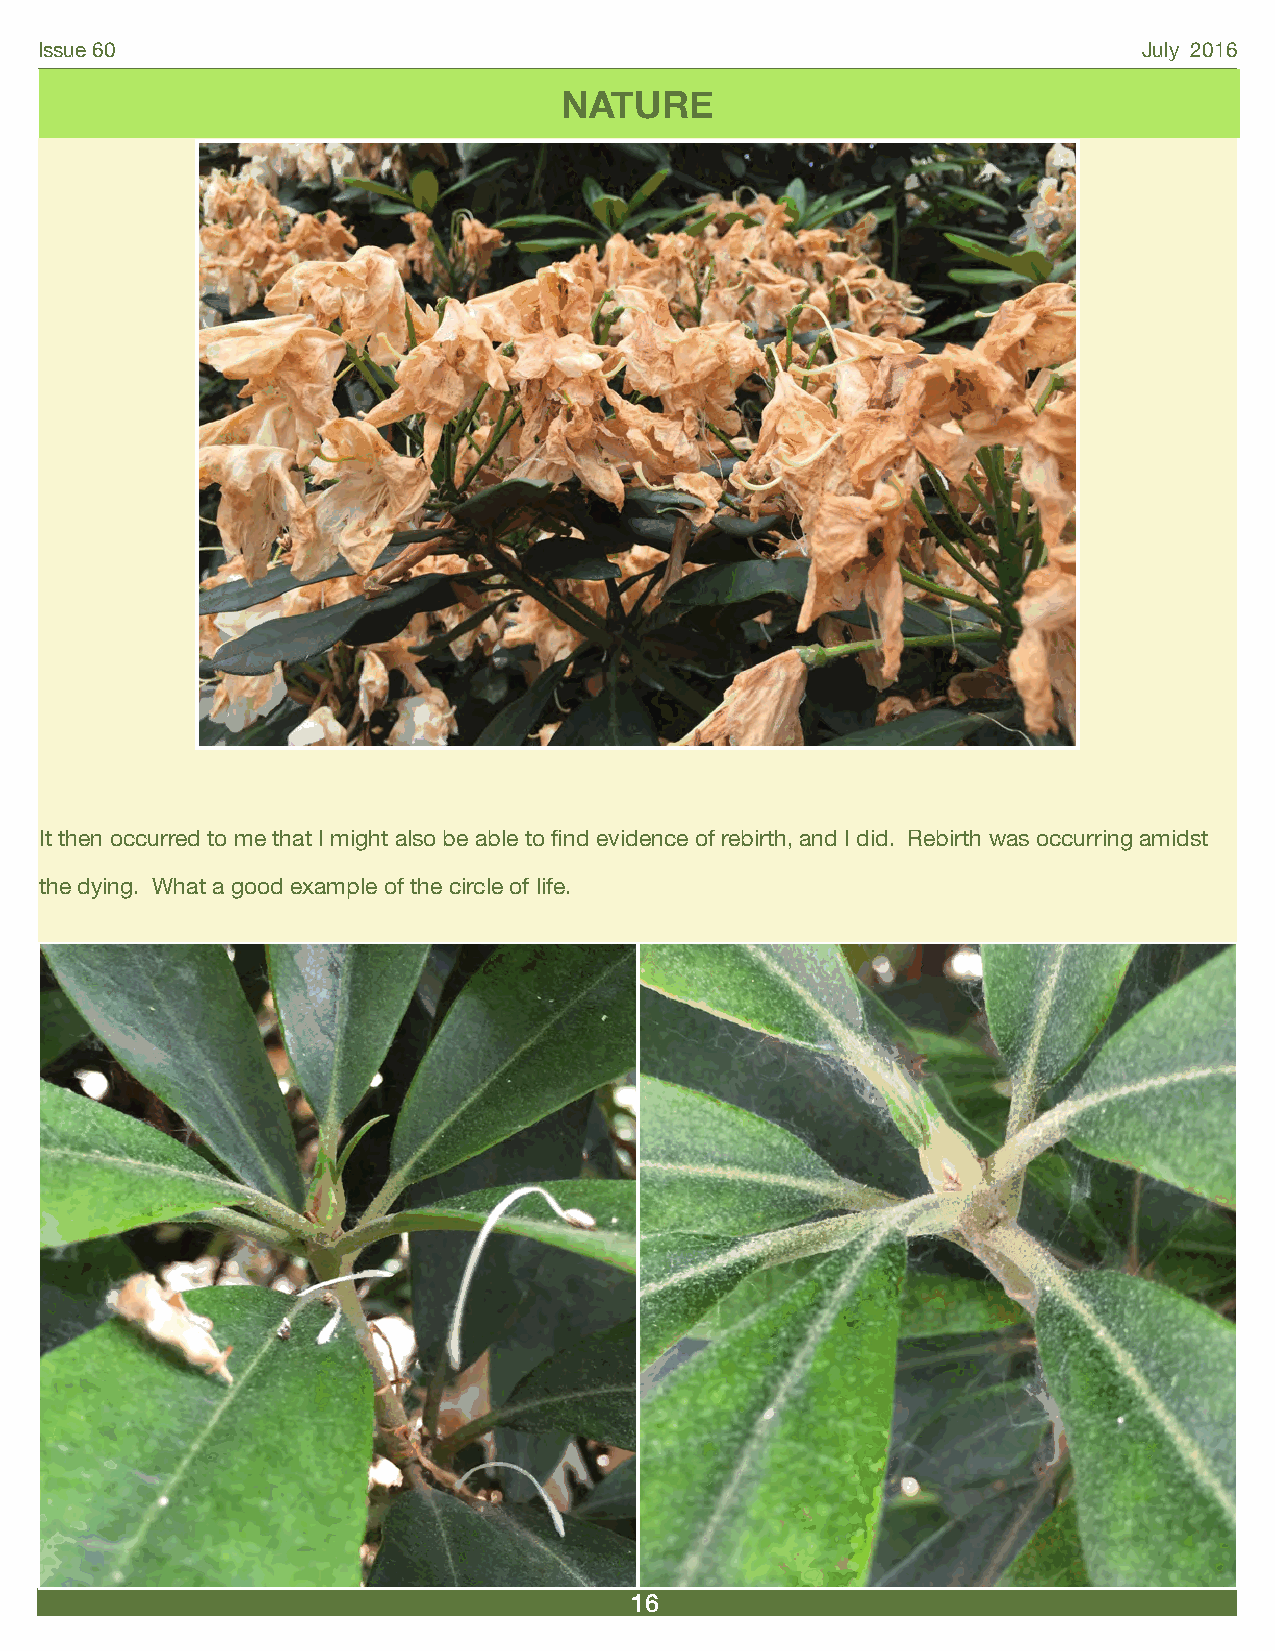
Issue 60                                                                  July 2016
 NATURE
 It then occurred to me that I might also be able to find evidence of rebirth, and I did. Rebirth was occurring amidst
 the dying. What a good example of the circle of life.
 16